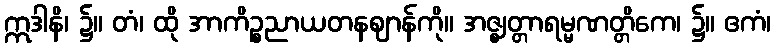
ဣဒါနိ၊ ၌။ တံ၊ ထို အာကိဉ္စညာယတနဈာန်ကို။ အဇ္ဈတ္တာရမ္မဏတ္တိကေ၊ ၌။ ဧကံ၊